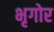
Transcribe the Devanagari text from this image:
भृगोर